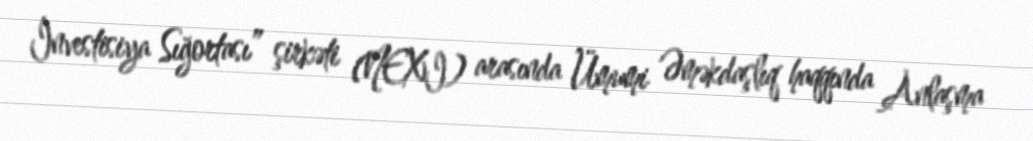
İnvestisiya Sığortası” şirkəti (NEXI) arasında Ümumi Əməkdaşlıq haqqında Anlaşma